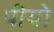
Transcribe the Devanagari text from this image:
पीयो